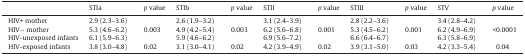
|  | STIa | p value | STIb | p value | STII | p value | STIII | p value | STV | p value |
 | --- | --- | --- | --- | --- | --- | --- | --- | --- | --- | --- |
 | HIV+ mother | 2.9 (2.3–3.6) |  | 2.6 (1.9–3.2) |  | 3.1 (2.4–3.9) |  | 2.8 (2.2–3.6) |  | 3.4 (2.8–4.2) |  |
 | HIV− mother | 5.3 (4.6–6.2) | 0.003 | 4.9 (4.2–5.4) | 0.003 | 6.2 (5.6–6.8) | 0.001 | 5.3 (4.5–6.2) | 0.001 | 6.2 (4.9–6.9) | <0.0001 |
 | HIV-unexposed infants | 6.1 (5.9–6.3) |  | 5.9 (4.6–6.2) |  | 6.9 (5.6–7.2) |  | 6.6 (6.4–6.7) |  | 6.3 (5.8–6.9) |  |
 | HIV-exposed infants | 3.8 (3.0–4.8) | 0.02 | 3.1 (3.0–4.1) | 0.02 | 4.2 (3.9–4.9) | 0.02 | 3.9 (3.1–5.0) | 0.03 | 4.2 (3.3–5.4) | 0.04 |